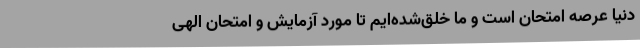
دنیا عرصه امتحان است و ما خلق‌شده‌ایم تا مورد آزمایش و امتحان الهی